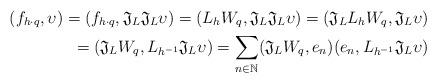
LaTeX: \begin{align*}(f_{h\cdot q}, \upsilon) = (f_{h\cdot q}, \mathfrak{J}_L \mathfrak{J}_L \upsilon) = (L_h W_q, \mathfrak{J}_L \mathfrak{J}_L \upsilon)= (\mathfrak{J}_L L_h W_q, \mathfrak{J}_L \upsilon) \\= (\mathfrak{J}_L W_q , L_{h^{-1}} \mathfrak{J}_L \upsilon)= \sum_{n \in \mathbb{N}} (\mathfrak{J}_L W_q ,e_n)(e_n , L_{h^{-1}} \mathfrak{J}_L \upsilon)\end{align*}